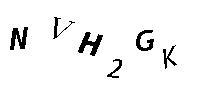
NVH2GK